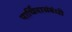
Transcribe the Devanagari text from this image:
पार्थिवासंबंधी